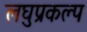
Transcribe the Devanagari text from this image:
लघुप्रकल्प